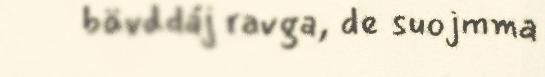
bävddáj ravga, de suojmma